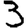
Digit: 3